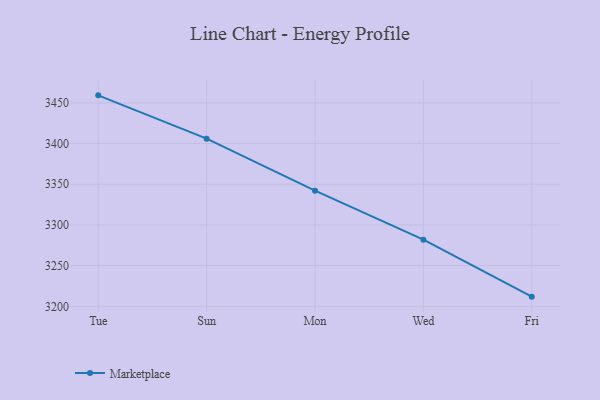
{"axis": {"x": "Day", "y": "Operating Costs (USD K)"}, "legend": ["Marketplace"], "data": [{"x": "Tue", "y": 3459.3, "type": "Marketplace"}, {"x": "Sun", "y": 3406.1, "type": "Marketplace"}, {"x": "Mon", "y": 3342.1, "type": "Marketplace"}, {"x": "Wed", "y": 3281.9, "type": "Marketplace"}, {"x": "Fri", "y": 3211.9, "type": "Marketplace"}]}